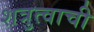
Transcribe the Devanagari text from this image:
शत्रुत्वाची